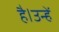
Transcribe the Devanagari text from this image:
है।उन्हें